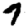
Digit: 7